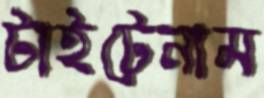
টাইটেনাম